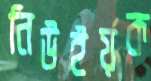
নিউইর্য়ক